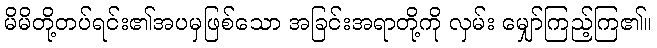
မိမိတို့တပ်ရင်း၏အပမှဖြစ်သော အခြင်းအရာတို့ကို လှမ်း မျှော်ကြည့်ကြ၏။